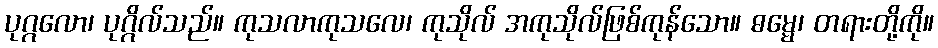
ပုဂ္ဂလော၊ ပုဂ္ဂိလ်သည်။ ကုသလာကုသလေ၊ ကုသိုလ် အကုသိုလ်ဖြစ်ကုန်သော။ ဓမ္မေ၊ တရားတို့ကို။